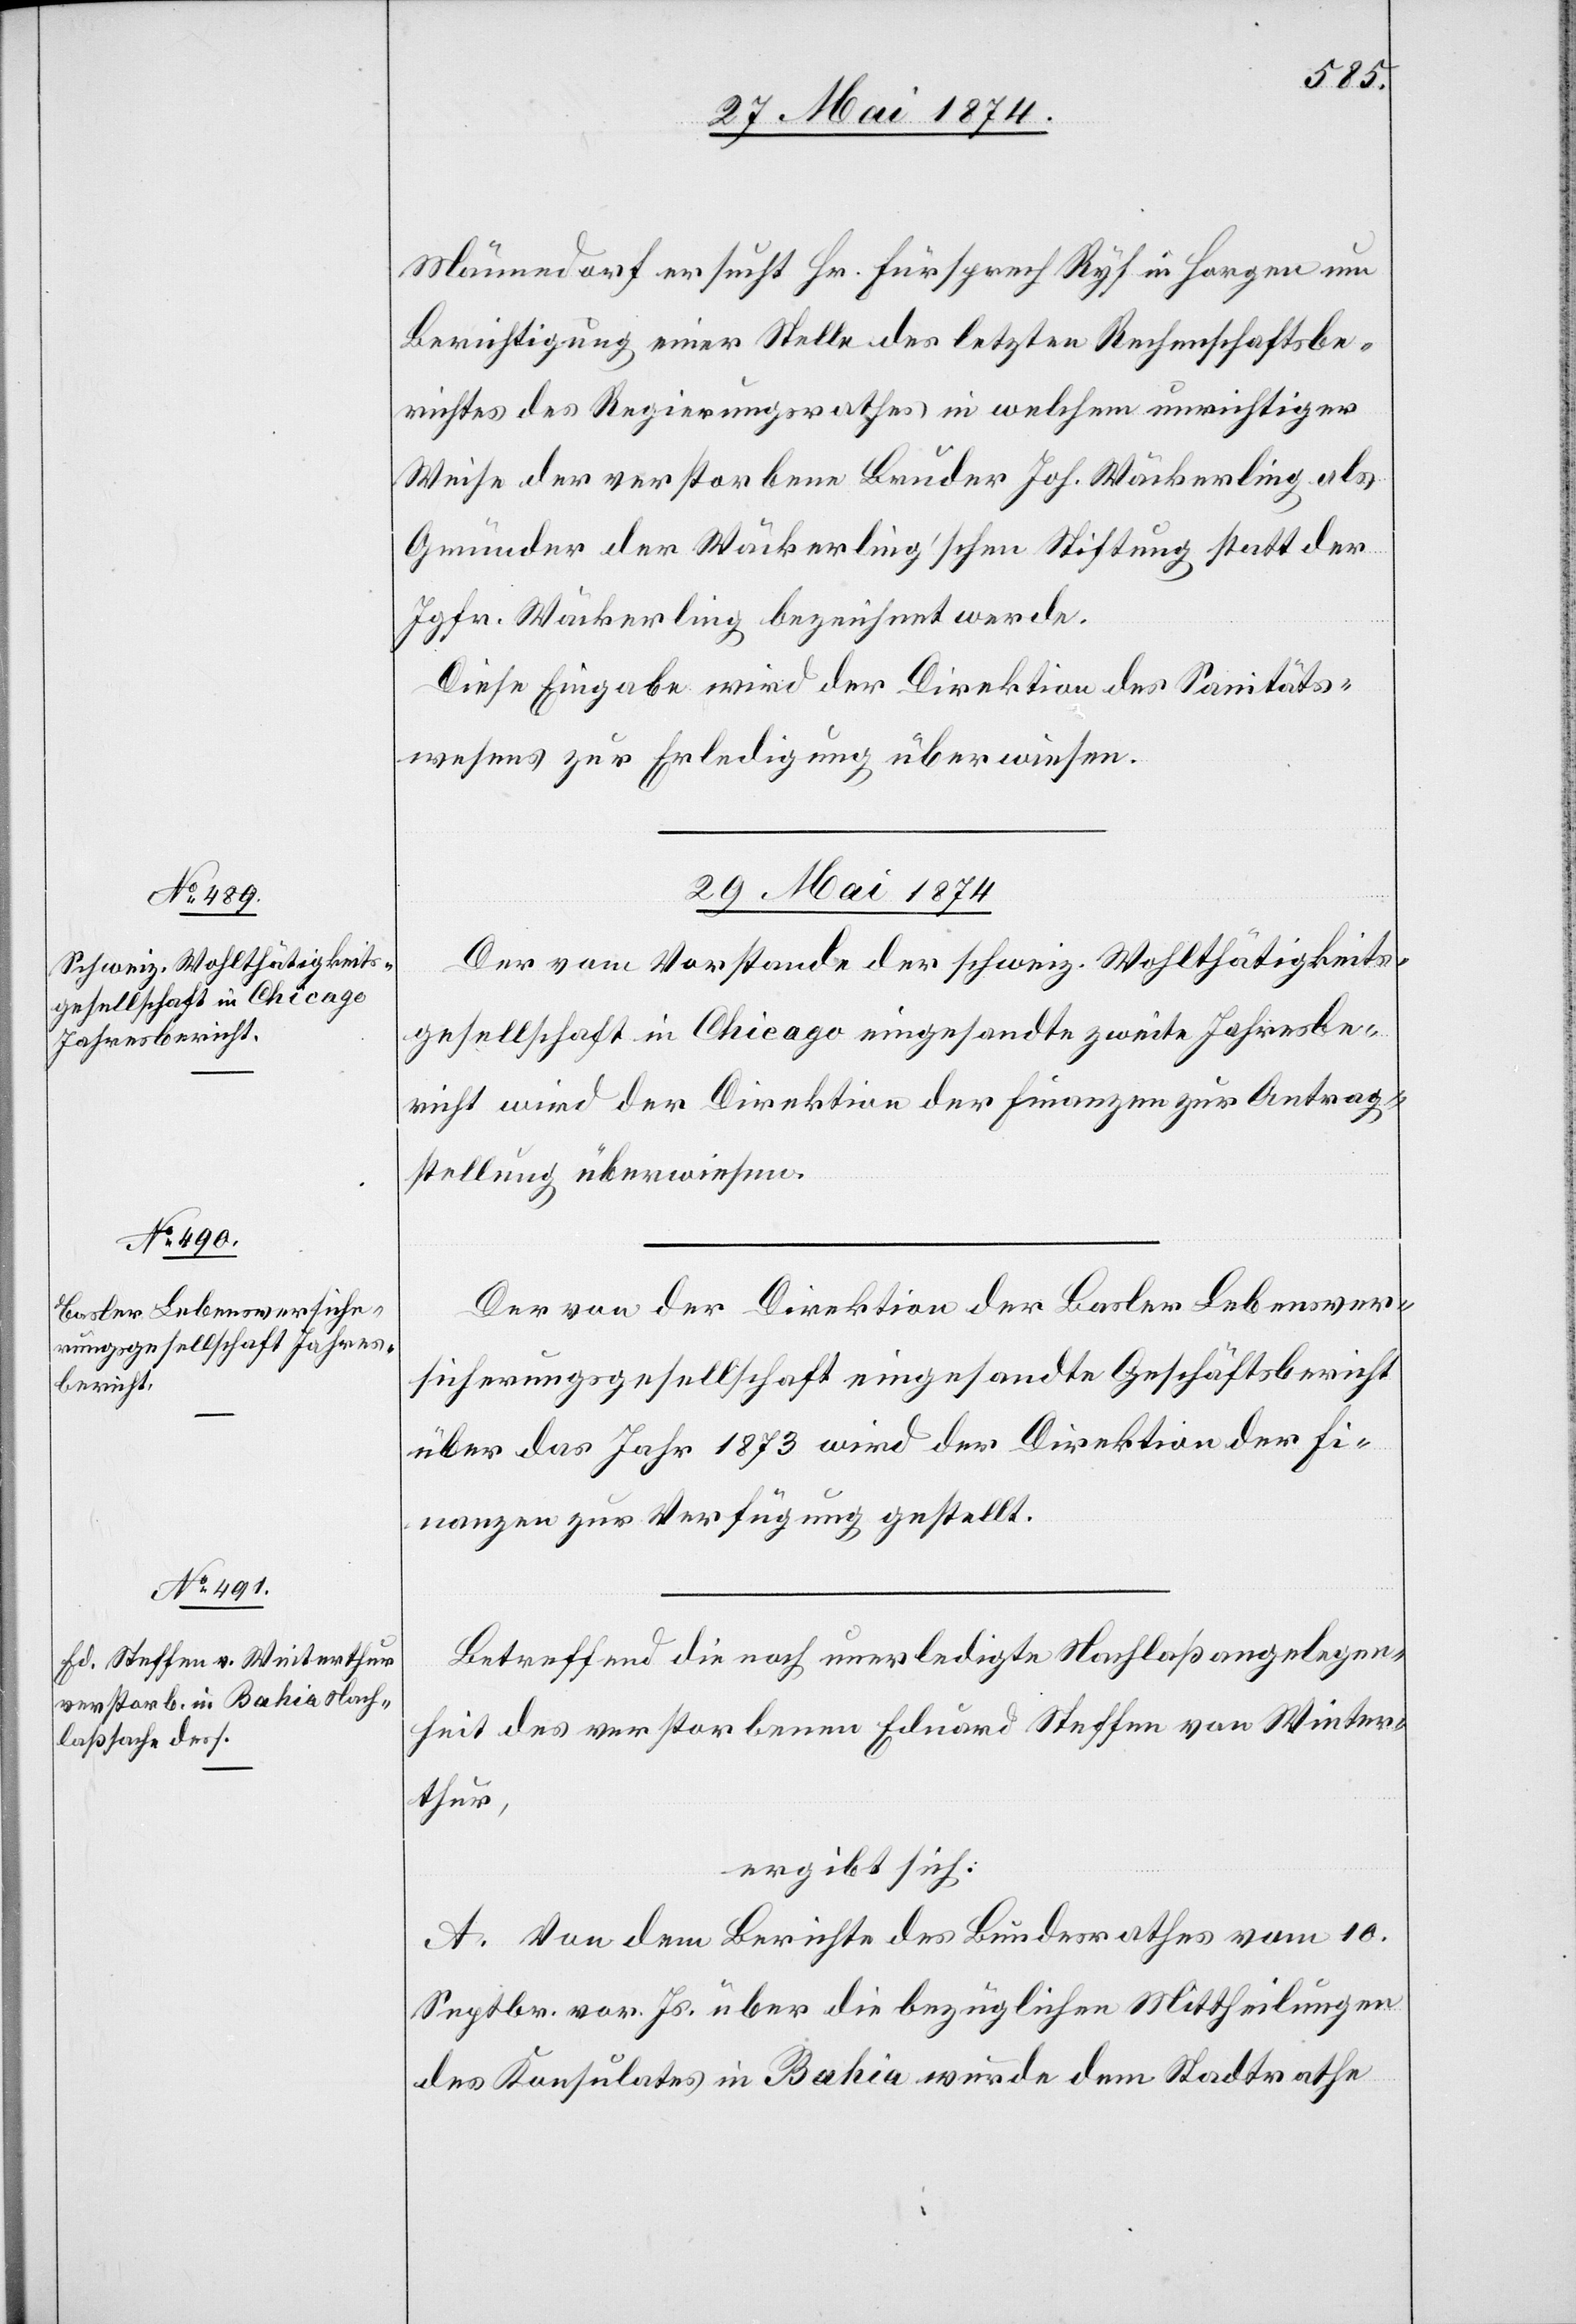
Männedorf ersucht Hr. Fürsprech Ryf in Horgen um
Berichtigung einer Stelle des letzten Rechenschaftsbe¬
richtes des Regierungsrathes in welchem unrichtiger
Weise der verstorbene Bruder Joh. Wäckerling als
Gründer der Wäckerling’schen Stiftung statt der
Jgfr. Wäckerling bezeichnet werde.
Diese Eingabe wird der Direktion des Sanitäts¬
wesens zur Erledigung überwiesen.
29. Mai 1874.]
Der vom Vorstande der schweiz. Wohlthätigkeits¬
gesellschaft in Chicago eingesandte zweite Jahresbe¬
richt wird der Direktion der Finanzen zur Antrag¬
stellung überwiesen.
Der von der Direktion der Basler Lebensver¬
sicherungsgesellschaft eingesandte Geschäftsbericht
über das Jahr 1873 wird der Direktion der Fi¬
nanzen zur Verfügung gestellt.
Betreffend die noch unerledigte Nachlaßangelegen¬
heit des verstorbenen Eduard Steffen von Winter¬
thur,
ergibt sich:
A. Von dem Berichte des Bundesrathes vom 10.
Septbr. vor. Js. über die bezüglichen Mittheilungen
des Konsulates in Bahia wurde dem Stadtrathe